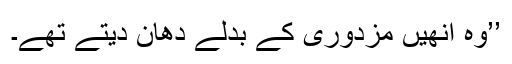
’’وہ انھیں مزدوری کے بدلے دھان دیتے تھے۔